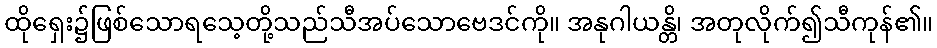
ထိုရှေး၌ဖြစ်သောရသေ့တို့သည်သီအပ်သောဗေဒင်ကို။ အနုဂါယန္တိ၊ အတုလိုက်၍သီကုန်၏။